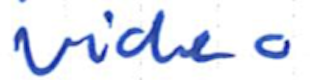
Text: video
Cross-out: clean
Writing tool: ballpoint